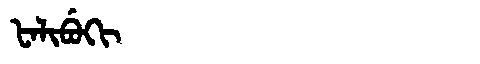
Manchu: ᡶᠠᠯᡳᠪᡠᡴᡳ
Romanization: FALIBUKI